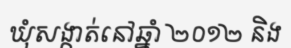
ឃុំសង្កាត់នៅឆ្នាំ ២០១២ និង